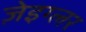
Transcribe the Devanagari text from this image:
ज़ेइग्लर